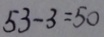
5 3 - 3 = 5 0